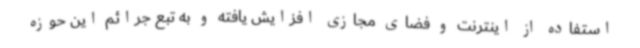
استفاده از اینترنت و فضای مجازی افزایش یافته و به تبع جرائم این حوزه